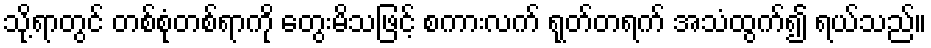
သို့ရာတွင် တစ်စုံတစ်ရာကို တွေးမိသဖြင့် စကားလက် ရုတ်တရက် အသံထွက်၍ ရယ်သည်။